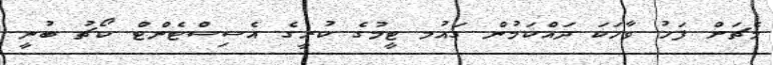
މެޗަށް ފަހު ވާހަކަ ދައްކަމުން ގައުމ ޓީމުގެ ކުރީގެ އެސިސްޓެންޓް ކޯޗު ބުނީ